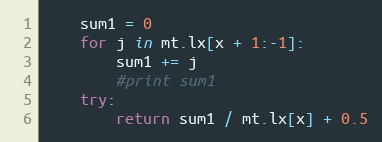
Language: Python
    sum1 = 0
    for j in mt.lx[x + 1:-1]:
        sum1 += j
        #print sum1
    try:
        return sum1 / mt.lx[x] + 0.5